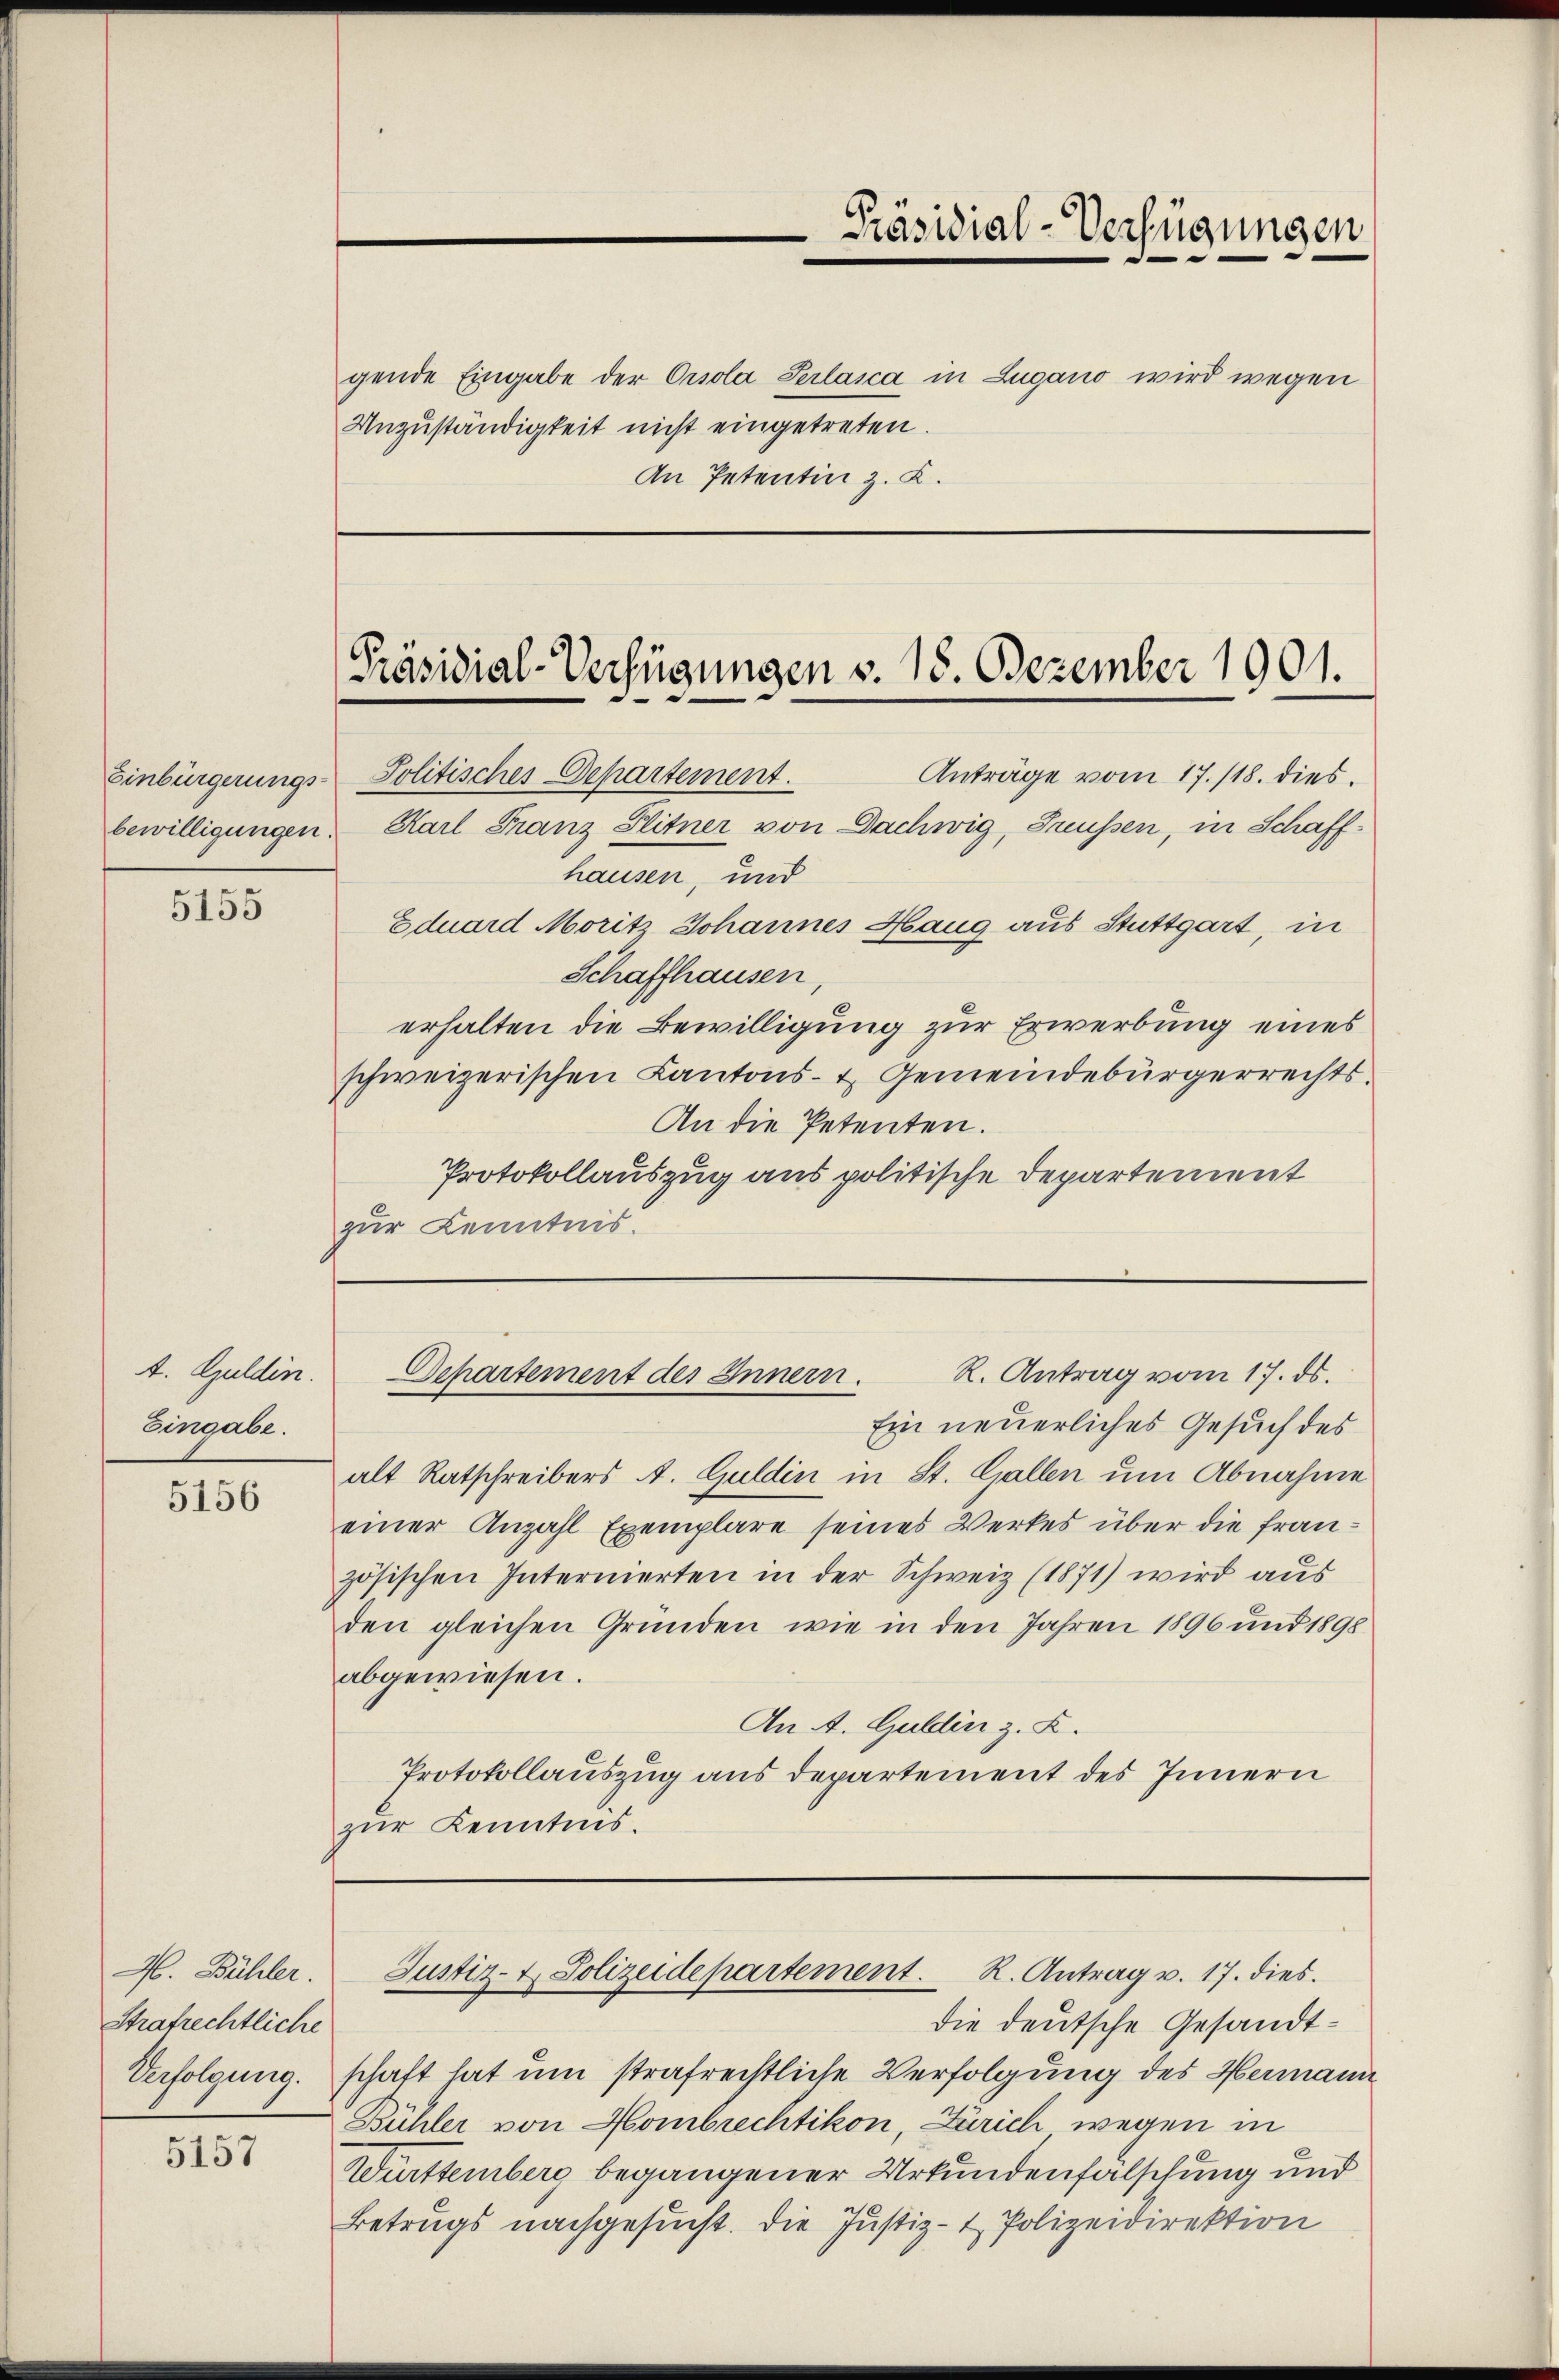
Einbürgerungs-

5155

Eingabe.

5156

H. Bühler.
Strafrechtliche
Verfolgung.

5157

gende Eingabe der Orsola Serlaica in Lugano wird wegen
Unzuständigkeit nicht eingetreten.
An Petentin z. B.

t. Guldin. Departement des Innern.
R. Antrag vom 17. ds.
Ein neuerliches Gesuch des

Präsidial-Verfügungen

[Präsidial-Verfügungen v. 18. Dezember 1901.

Justiz- & Polizeidepartement. R. Antrag v. 17. dies

Politisches Departement.
Anträge vom 17./18. dies
bewilligungen. Karl Franz Flitner von Dachwig, Grüssen, in Schaffhausen, und
Eduard Moritz Johannes Haug aus Stuttgart, in
Schaffhausen,
erhalten die Bewilligung zur Erwerbung eines
schweizerischen Kantons- & Gemeindebürgerrechts-
An die Petenten.
Protokollauszug aus politische Departement
zur Kenntnis.

alt Ratschreibers A. Guldin in St. Gallen um Abnahme
einer Anzahl Exemplare seines Werkes über die französischen Internierten in der Schweiz (1871) wird aus
den gleichen Gründen, wie in den Jahren 1896 und 1898
abgewiesen.
An A. Gulden z. Z.
Protokollauszug aus Departement des Innern
zur Kenntnis.

die deutsche Gesandtschaft hat um strafrechtliche Verfolgung des Hermann
Bühler von Hombrechtikon, Zürich wegen in
Württemberg begangener Urkundenfälschung und
Betrugs nachgesucht. Die Justiz- & Polizeidirektion